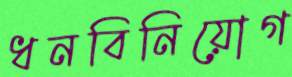
ধনবিনিয়োগ